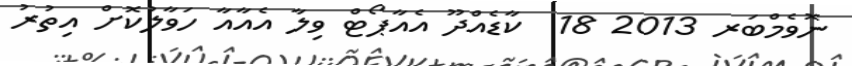
ނޮވެމްބަރ 2013 18  ކާޑެއްދޫ އެއާޕޯޓް ވިލާ އެއާއާ ހަވާލުކޮށް އިތުރު